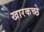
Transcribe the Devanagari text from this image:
खारकच्छे